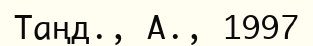
Таңд., А., 1997